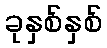
ခုနှစ်နှစ်